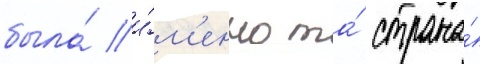
была́ и́м'енно та́ страна́